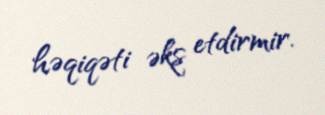
həqiqəti əks etdirmir.